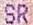
SR